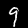
Digit: 9